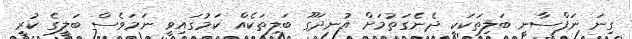
ގިނަ ނަފްސާނީ ބަލިތަކަކީ ދެނެގަތުމަށް އުނދަގޫ ބަލިތަކެއް ކަމުގައިވީ ނަމަވެސް ބަލީގެ ކުރީ